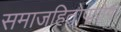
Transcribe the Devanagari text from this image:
समाजहितोपयोगी